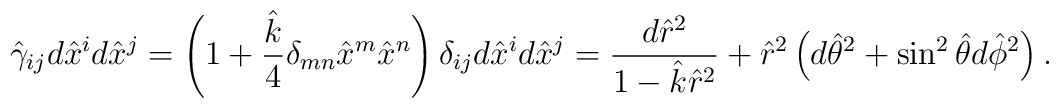
\hat{\gamma}_{ij}d\hat{x}^id\hat{x}^j=\left(1+{\hat{k}\over 4}\delta_{mn}\hat{x}^m\hat{x}^n\right)\delta_{ij}d\hat{x}^id\hat{x}^j={{d\hat{r}^2}\over{1-\hat{k}\hat{r}^2}}+\hat{r}^2\left(d\hat{\theta}^2+\sin^2\hat{\theta}d\hat{\phi}^2\right).